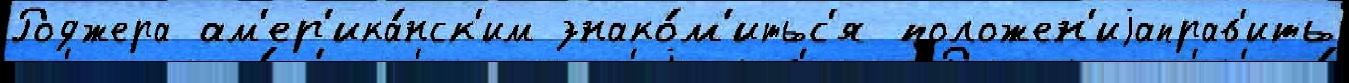
Роджера ам'ер'ика́нск'им знако́м'итьс'я положен'иjаправ'ить